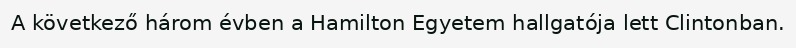
A következő három évben a Hamilton Egyetem hallgatója lett Clintonban.